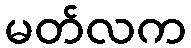
မတ်လက